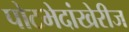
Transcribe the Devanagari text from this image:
पोटभेदांखेरीज